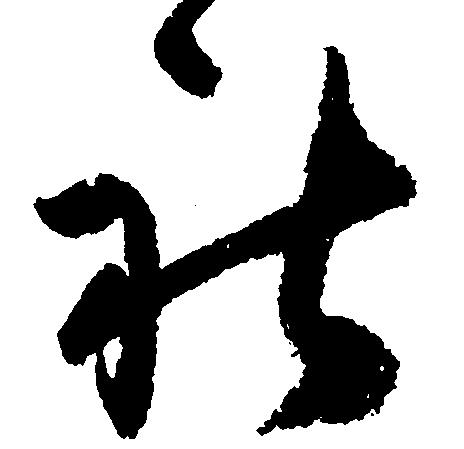
社